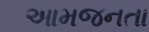
આમજનતા